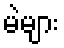
မဲများ